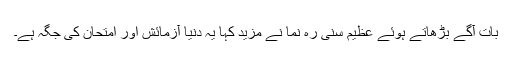
بات آگے بڑھاتے ہوئے عظیم سنی رہ نما نے مزید کہا یہ دنیا آزمائش اور امتحان کی جگہ ہے۔